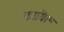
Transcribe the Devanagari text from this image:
कायिरू